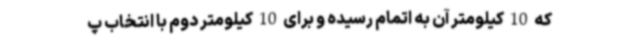
که 10 کیلومتر آن به اتمام رسیده و برای 10 کیلومتر دوم با انتخاب پ